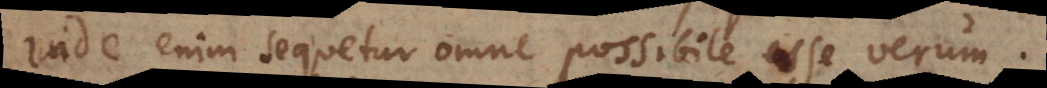
Inde enim sequetur omne possibile esse verum.